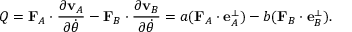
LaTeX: Q = \mathbf { F } _ { A } \cdot { \frac { \partial \mathbf { v } _ { A } } { \partial { \dot { \theta } } } } - \mathbf { F } _ { B } \cdot { \frac { \partial \mathbf { v } _ { B } } { \partial { \dot { \theta } } } } = a ( \mathbf { F } _ { A } \cdot \mathbf { e } _ { A } ^ { \perp } ) - b ( \mathbf { F } _ { B } \cdot \mathbf { e } _ { B } ^ { \perp } ) .